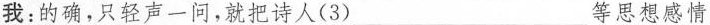
我：的确，只轻声一问，就把诗人(3)___等思想感情